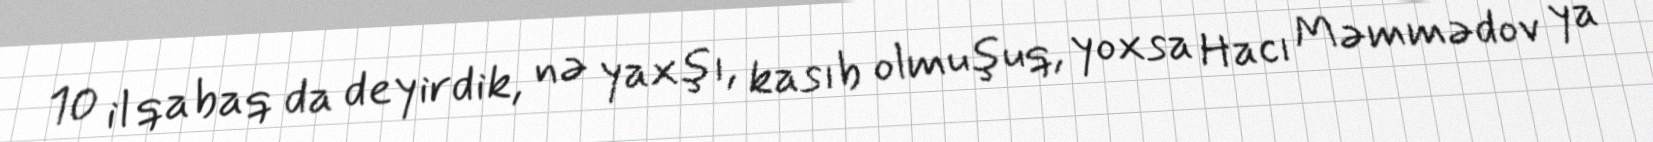
10 il qabaq da deyirdik, nə yaxşı, kasıb olmuşuq, yoxsa Hacı Məmmədov ya